Civil Veterinary Dept. Bombay admin report 1932-41 - 1932-1941
Year: 1932
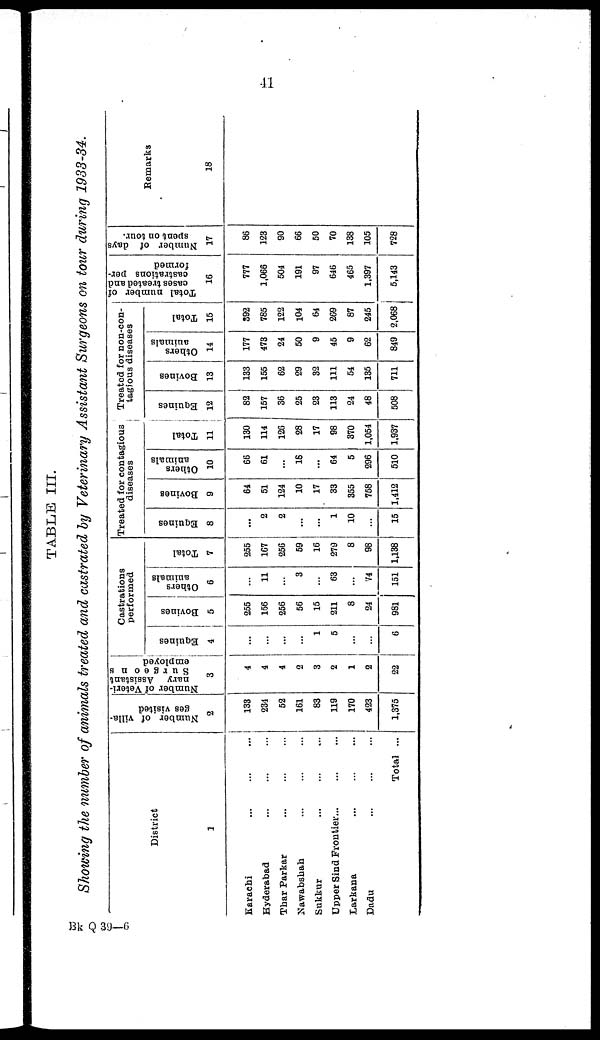
41
TABLE III.
Showing the number of animals treated and castrated by Veterinary Assistant Surgeons on tour during 1933-34.
District
1
Karachi ... ... ...
Hyderabad ... ... ...
Thar Parkar ... ... ...
Nawabshah ... ... ...
Sukkur ... ... ...
Upper Sind Frontier... ... ...
Larkana ... ... ...
Dadu ... ... ...
Total ...
Number of villa-
ges visited
2
133
234
52
161
83
119
170
423
1,375
Number of Veteri-
nary Assistant
Surgeons
employed
3
4
4
4
2
3
2
1
2
22
Castrations
performed
Equines
4
...
...
...
...
1
5
...
...
6
Bovines
5
255
156
256
56
15
211
8
24
981
Others
animals
6
...
11
...
3
...
63
...
74
151
Total
7
255
167
256
59
16
279
8
98
1,138
Treated for contagious
diseases
Equines
8
...
2
2
...
...
1
10
...
15
Bovines
9
64
51
124
10
17
33
355
758
1,412
Others
animals
10
66
61
...
16
...
64
5
296
510
Total
11
130
114
126
28
17
98
370
1,054
1,937
Treated for non-con-
tagious diseases
Equines
12
82
157
36
25
23
113
24
48
508
Bovines
13
133
155
62
29
32
111
54
135
711
Others
animals
14
177
473
24
50
9
45
9
62
849
Total
15
392
785
122
104
64
269
87
245
2,068
Total number of
cases treated and
castrations per-
formed
16
777
1,066
504
191
97
646
465
1,397
5,143
Number of days
spent on tour.
17
86
123
90
66
50
70
138
105
728
Remarks
18
Bk Q 39—6